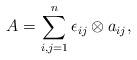
LaTeX: \begin{align*} A = \sum_{i,j=1}^n \epsilon_{ij} \otimes a_{ij}, \end{align*}